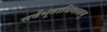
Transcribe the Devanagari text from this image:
सर्वभूताधिवासम्